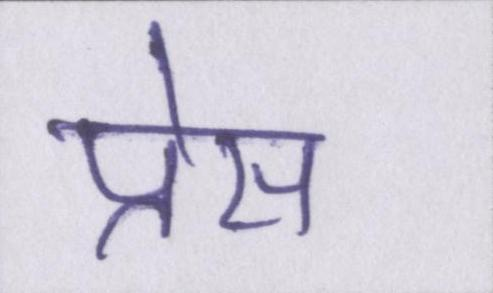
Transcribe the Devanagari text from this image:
प्रेस